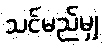
သင်မည်မျှ